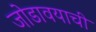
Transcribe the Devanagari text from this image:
जोडावयाची